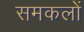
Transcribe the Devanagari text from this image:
समकलों